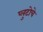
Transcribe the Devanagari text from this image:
प्लुटोचे